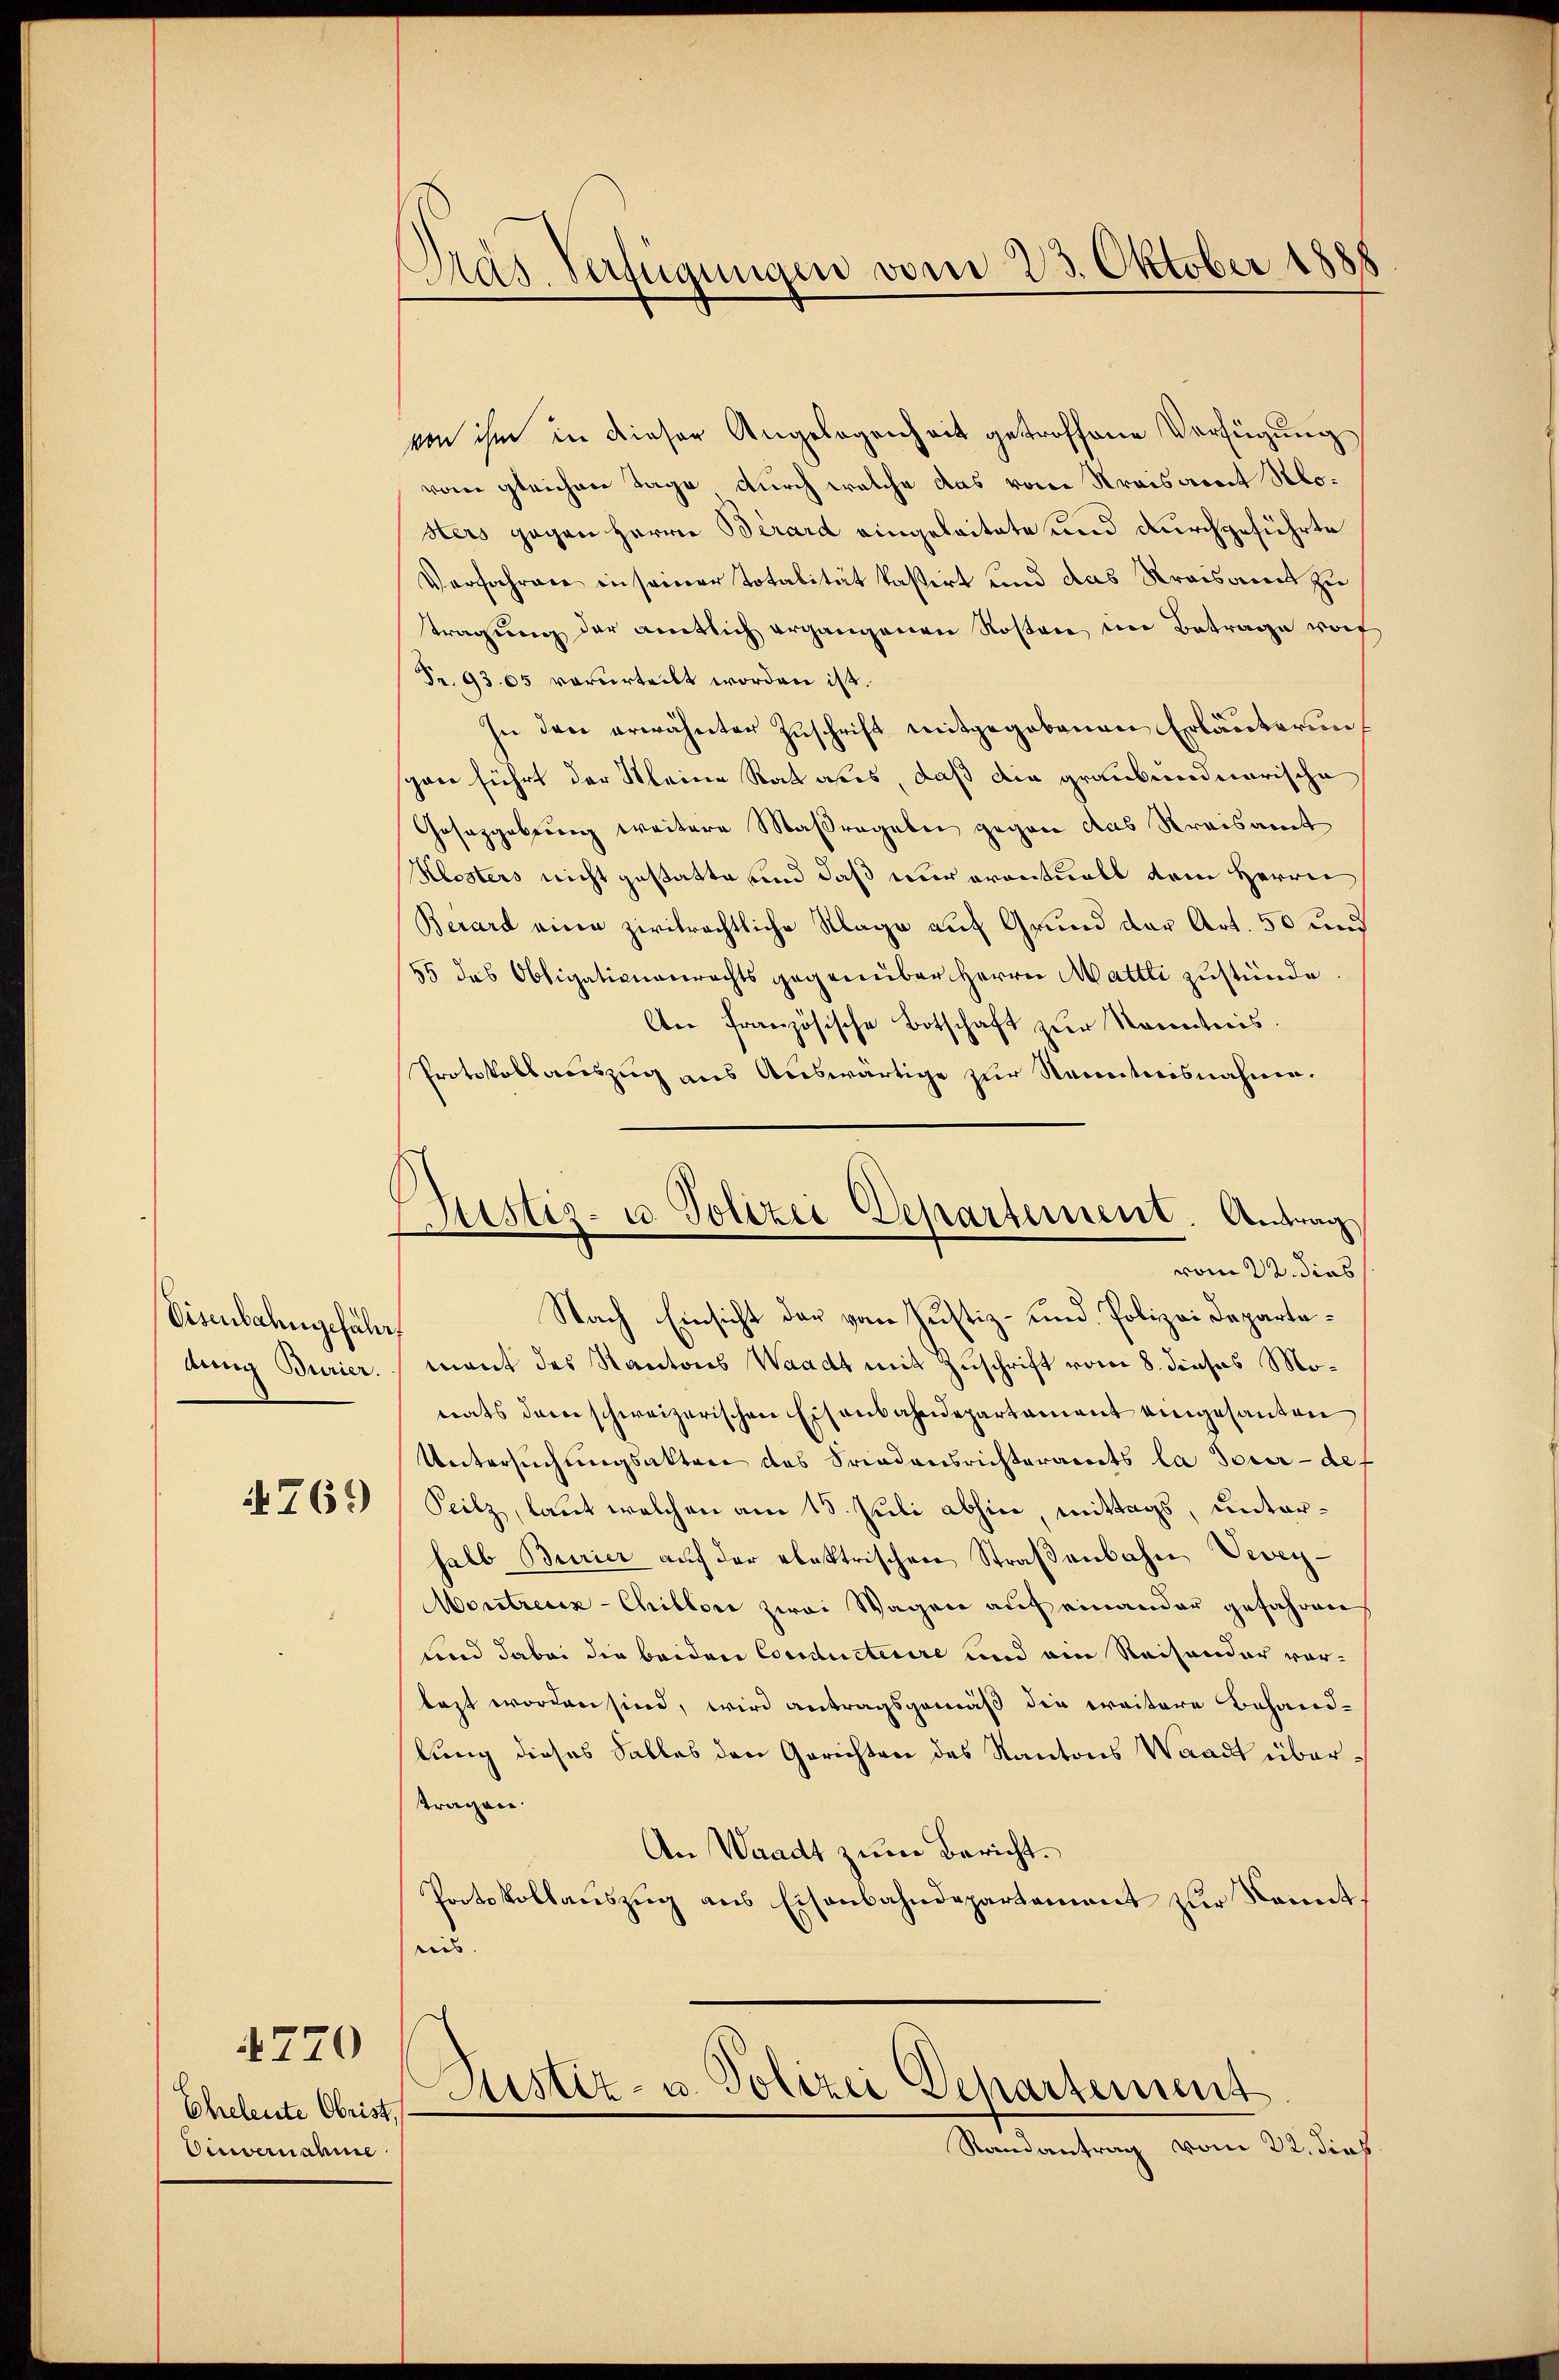
Visenbahngefähr
dung Burier.

761)

Eheleute Obrist
Einvernahme

4770

Pras-Verfügungen vom 23. Oktober 1888

ister- u Polizei Departement. Antrag
vom 22. dies

von ihm in dieser Angelegenheit getroffene Verfügung
vom gleichen Tage durch welche das vom Kraisacert Klosters gegen Herrn Berard eingeleitete und durchgeführte
Verfahren in seiner Totalität kasirt und das Kreisamt zu
tragŭng der amtlich ergangenen Rosten im Betrage vo
Fr. 9305 verurteilt worden ist.
In den erwähnter Zuschrift mitgegebenen Erläuterungan führt der Meine Rat aber, daß die graubündnerische
Gesetzgebung weitere Maßregeln gegen das Kreisamt
Klosters nicht gestatte und daß nur eventuell dem Herrn
Berard eine zivilrechtliche Klage auf Grund der Art. 50 und
55 das Obligationenrechts gegenüber Herrn Mattli zustünde
An Französische Botschaft zur Kenntnis.
Protokollauszug aus Auswärtige zur Kenntnisnahme.
Nach Einsicht der vom Justiz- und Polizei Departemant des Kantons Waadt mit Zuschrift vom 8. dieses Monats dem schweizerischen Eisenbahndepartament eingesanten
Untersuchungsakten des Friedensrichteramts la dour-def
Peilz, laut welchen am 15. Juli abhin, mittags, unterhalb Burier aŭf der elektrischen Straβenbahn Vevey-
Montreux-Chillon zwei Wagen auf einander gefahren
und dabei die beiden Conducterire und am Raisonder vor-
lezt worden sind, wird antragsgemäß die weitere Behandlung dieses Salles den Gerichten des Kantons Waadt übertragen.
An Waadt zum Bericht.
Protokollauszug aus Eisenbahndepartement zur Kennteis.

Astiz- u. Polizei Departement

Randantrag vom 22. dies